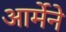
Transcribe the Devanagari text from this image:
आर्मेने